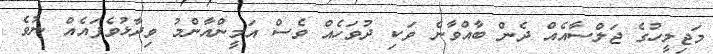
މަޖިލީހުގެ ޖަލްސާއެއް ދެން ބާއްވާނެ ވަކި ދުވަހެެއް ވެސް އަމީންއާންމު ވިދާޅުވެފައެއް ނުވެ